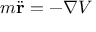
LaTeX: m { \ddot { \mathbf { r } } } = - \nabla V